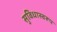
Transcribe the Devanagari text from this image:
सुविधास्वरूप